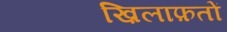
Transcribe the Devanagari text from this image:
ख़िलाफ़तों